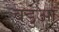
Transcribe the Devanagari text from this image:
वडुआ